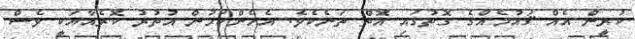
ކުރީން އެއް ޤައުމެއްގެ ގޮތުގައި އޮތް ތަނެކެވެ. އެހެންކަމުން އުތުރު ކޮރެއާއަކީ ވެސް